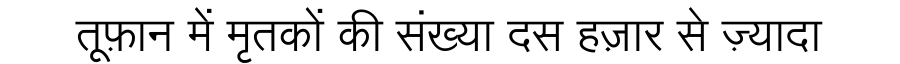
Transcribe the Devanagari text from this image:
तूफ़ान में मृतकों की संख्या दस हज़ार से ज़्यादा